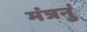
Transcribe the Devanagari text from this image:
मंत्रनुं